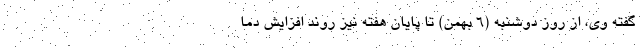
گفته وی، از روز دوشنبه (۶ بهمن) تا پایان هفته نیز روند افزایش دما